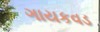
ગાયકવડ